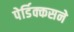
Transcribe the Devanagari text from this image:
पेर्डिक्कसने